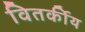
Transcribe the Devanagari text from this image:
वितर्कीय